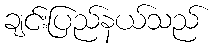
ချင်းပြည်နယ်သည်